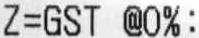
Z=GST @0%: